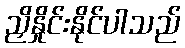
ညှိနှိုင်းနိုင်ပါသည်